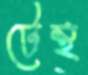
টেন্থ্